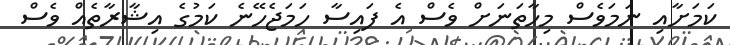
ކަމަށާއި ނަމަވެސް މިހާތަނަށް ވެސް އެ ފައިސާ ހަމަޖެހޭނެ ކަމުގެ އިޝާރާތެއް ވެސް